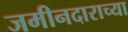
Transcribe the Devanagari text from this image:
जमीनदाराच्या